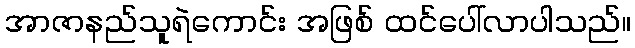
အာဇာနည်သူရဲကောင်း အဖြစ် ထင်ပေါ်လာပါသည်။